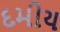
દમીય